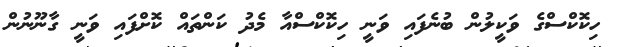
ހިކޮކްސްގެ ވަކީލުން ބުނެފައި ވަނީ ހިކޮކްސްއާ މެދު ކަންތައް ކޮށްފައި ވަނީ ގާނޫނުން